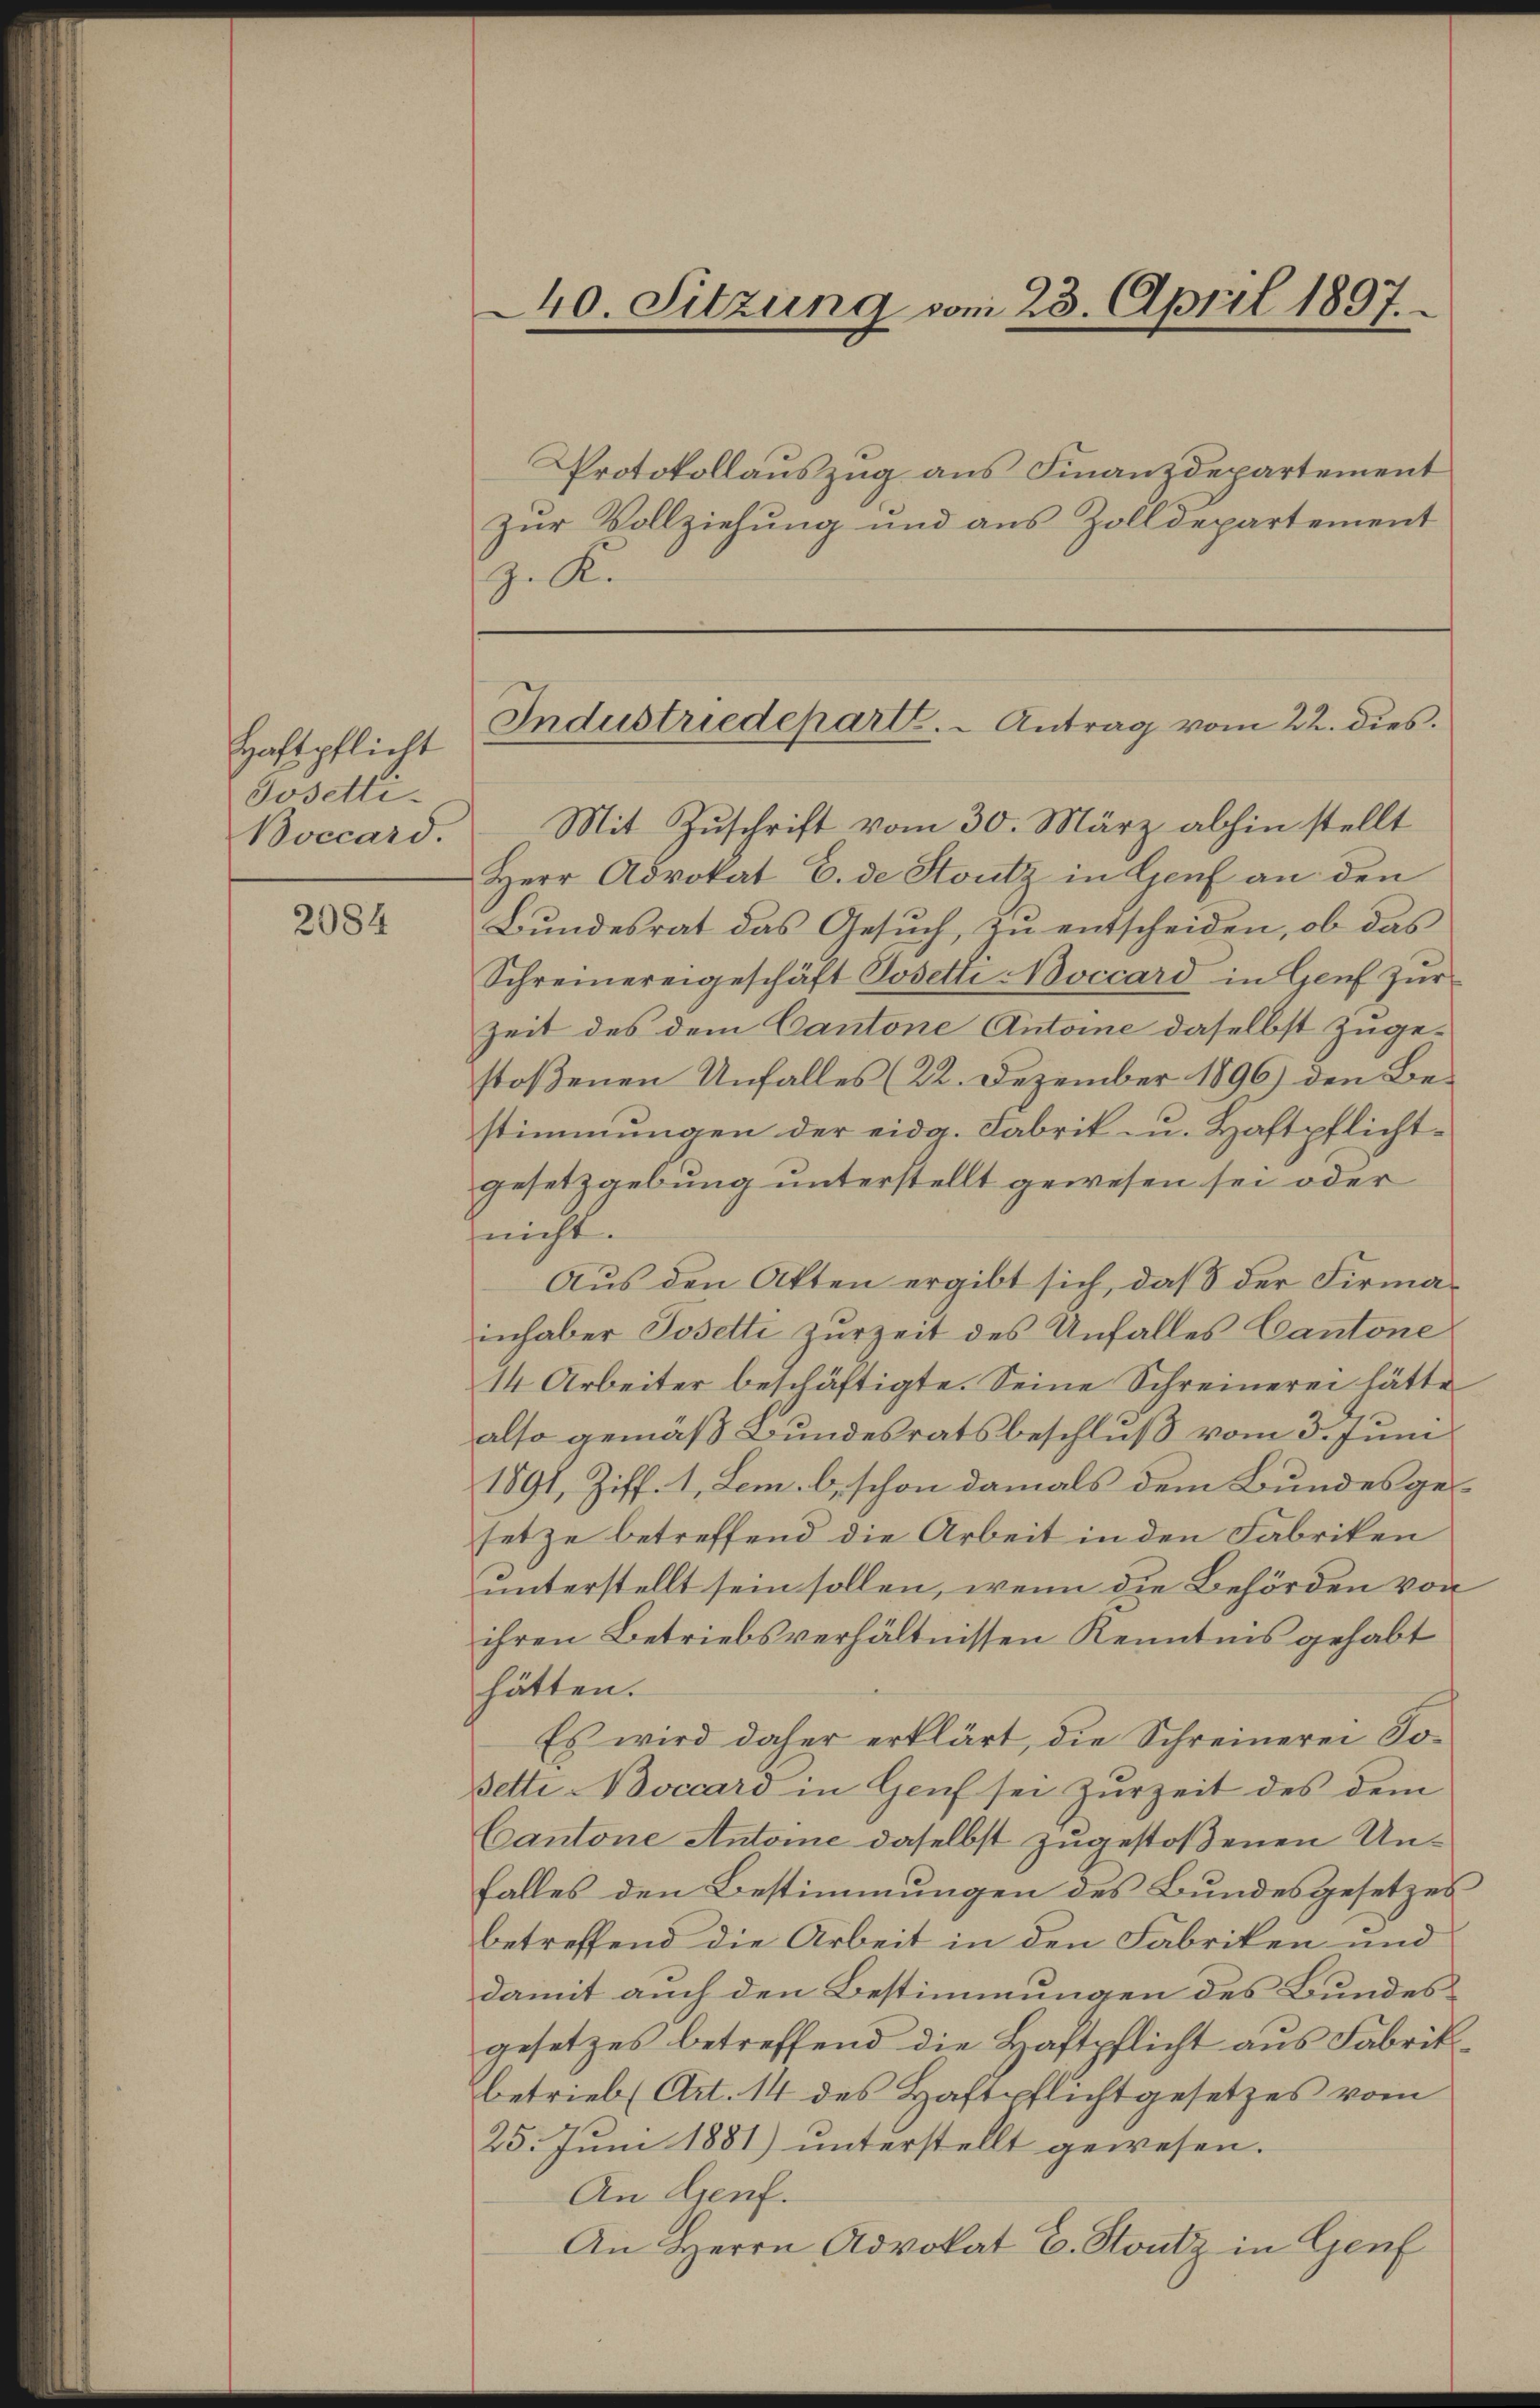
Haftpflicht
Josetti.
Boccard.

2084

Protokollauszug aus Finanzdepartement
zur Vollziehung und aus Zolldepartement
z. R.

40. Sitzung vom 23. April 1897.

Industriedeparte. - Antrag vom 22. dies.

Mit Zuschrift vom 30. März abhin stellt
Herr Advokat E. de Stutz in Genf an den
Bŭndesrat das Gesŭch, zŭ entscheiden, ob das
Schreinereigeschäft Posetti occard in Genf Zür
Zeit des dem Cantone Antone daselbst zugestoßenen Unfalles (22. Dezember 1896) den Bestimmungen der eidg. Fabrik- u. Haftpflichtgesetzgebung unterstellt gewesen sei oder
nicht.
Aus den Akten ergibt sich, daß der Firmainhaber Posetti zurzeit des Unfalles Cantone
14 Arbeiter beschäftigte. Seine Schreinerei hätte
also gemäß Bundesratsbeschluß vom 3. Juni
1891, Ziff. 1, Lem. b, schon damals dem Bundesges
setze betreffend die Arbeit in den Fabriken
unterstellt sein sollen, wenn die Behörden von
ihren Betriebsverhältnissen Kenntnis gehabt
hätten.
Es wird daher erklärt, die Schreinerei So¬
Sette occard in Genf sei Zurzeit des dem
Cantone Antone daselbst zugestoßenen Unfalles den Bestimmungen des Bundesgesetzes
betreffend die Arbeit in den Fabriken und
damit auch den Bestimmungen des Bundesgesetzes betreffend die Haftpflicht aus Fabrikbetrieb (Art. 14 des Haftpflichtgesetzes vom
25. Juni 1881) unterstellt gewesen.
An Genf.
An Herrn Advokat E. Stutz in Genf